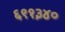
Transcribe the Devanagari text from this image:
६९१३४०